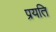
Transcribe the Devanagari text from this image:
प्रयति